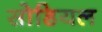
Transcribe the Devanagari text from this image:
सोडियल